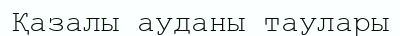
Қазалы ауданы таулары